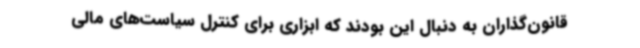
قانون‌گذاران به دنبال این بودند که ابزاری برای کنترل سیاست‌های مالی